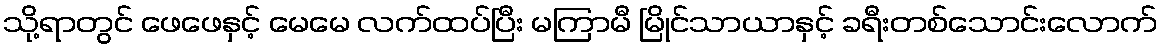
သို့ရာတွင် ဖေဖေနှင့် မေမေ လက်ထပ်ပြီး မကြာမီ မြိုင်သာယာနှင့် ခရီးတစ်သောင်းလောက်